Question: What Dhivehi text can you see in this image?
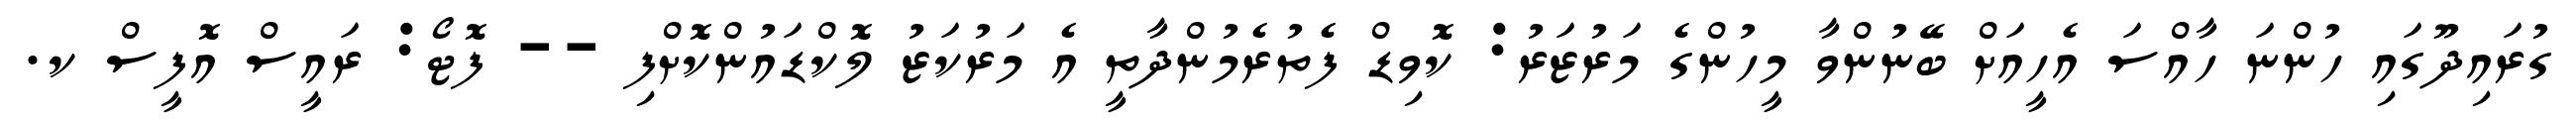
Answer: ގުރައިދޫގައި ހުންނަ ހާއްސަ އެހީއަށް ބޭނުންވާ މީހުންގެ މަރުޒަރު: ކޮވިޑް ފެތުރެމުންދާތީ އެ މަރުކަޒު ލޮކްޑައުންކޮށްފި -- ފޮޓޯ: ރައީސް އޮފީސް ކ.